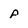
Character: p